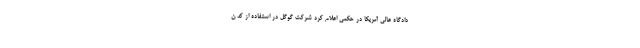
دادگاه عالی آمریکا در حکمی اعلام کرد شرکت گوگل در استفاده از کد ن